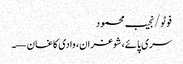
فوٹو/نجیب محمود
سری پائے، شوغران، وادی کاغان —۔